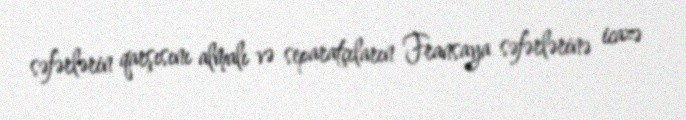
səfərlərin qarşısını almalı və separatçıların Fransaya səfərlərinə icazə